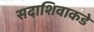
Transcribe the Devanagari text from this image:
सदाशिवाकडे